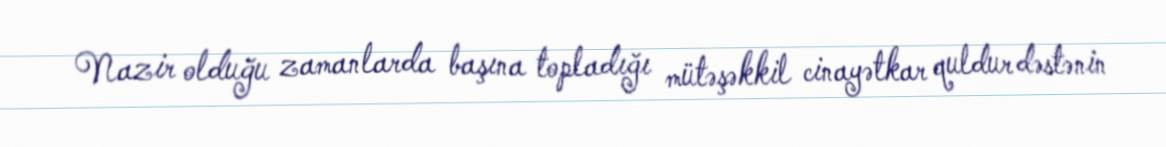
Nazir olduğu zamanlarda başına topladığı mütəşəkkil cinayətkar quldur dəstənin